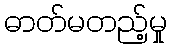
ဓာတ်မတည့်မှု